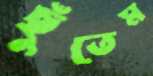
ছুঁতেম